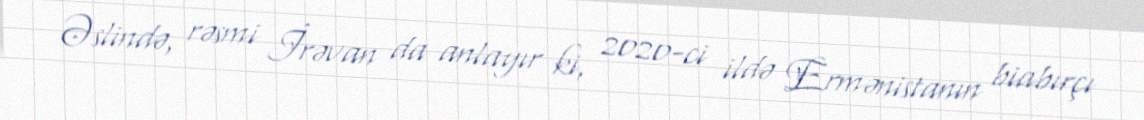
Əslində, rəsmi İrəvan da anlayır ki, 2020-ci ildə Ermənistanın biabırçı